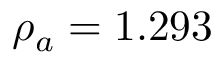
{ \rho } _ { a } = 1 . 2 9 3